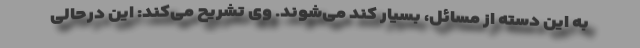
به این دسته از مسائل، بسیار کند می‌شوند. وی تشریح می‌کند: این درحالی